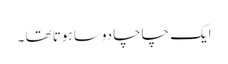
ایک چاچا دوسا ہوتا تھا ۔